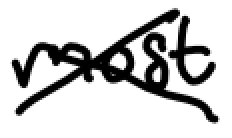
Text: most
Cross-out: cross
Writing tool: digital_black